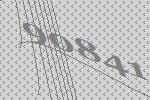
90841